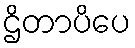
ဌိတာပိပေ